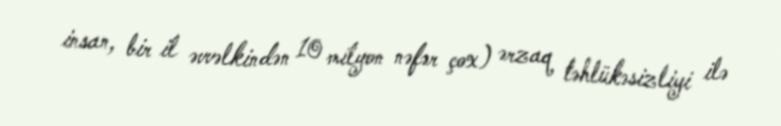
insan, bir il əvvəlkindən 10 milyon nəfər çox) ərzaq təhlükəsizliyi ilə